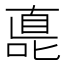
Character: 嗭